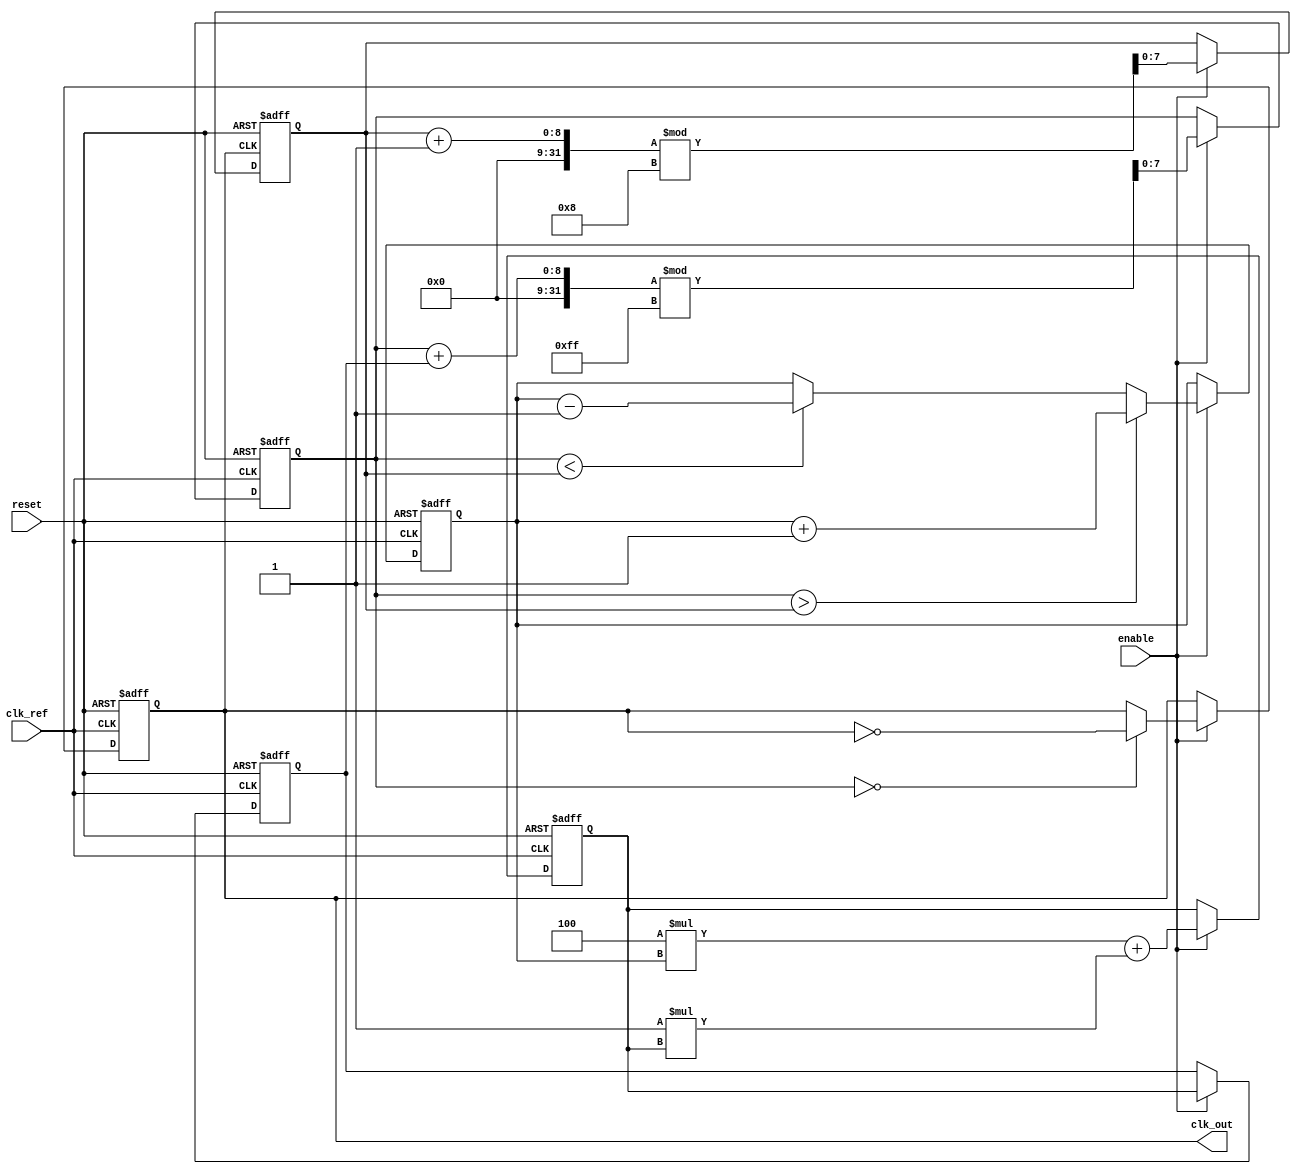
module ADPLL (
    input wire clk_ref,        // Reference clock input
    input wire reset,          // Reset signal
    input wire enable,         // Enable signal for the PLL
    output reg clk_out         // Output clock signal
);

    // Parameters
    parameter N = 8;           // VCO output division factor
    parameter PI_GAIN = 4;     // Proportional gain for loop filter
    parameter I_GAIN = 1;      // Integral gain for loop filter
    parameter MAX_COUNT = 255; // Maximum count for phase detector

    // Internal signals
    reg [N-1:0] vco_count;     // VCO counter
    reg [N-1:0] feedback_count; // Feedback counter
    reg [7:0] phase_error;     // Phase error signal
    reg [7:0] control_signal;   // Control signal for VCO
    reg [7:0] loop_filter_out;  // Output from loop filter
    reg [7:0] memory_block;     // Memory for phase information

    // Phase Detector
    always @(posedge clk_ref or posedge reset) begin
        if (reset) begin
            phase_error <= 0;
        end else if (enable) begin
            // Simple phase detection logic
            if (vco_count > feedback_count) begin
                phase_error <= phase_error + 1; // Phase lead
            end else if (vco_count < feedback_count) begin
                phase_error <= phase_error - 1; // Phase lag
            end
        end
    end

    // Loop Filter (PI Filter)
    always @(posedge clk_ref or posedge reset) begin
        if (reset) begin
            loop_filter_out <= 0;
            control_signal <= 0;
        end else if (enable) begin
            // Proportional term
            loop_filter_out <= (PI_GAIN * phase_error) + (I_GAIN * loop_filter_out);
            control_signal <= loop_filter_out; // Control signal for VCO
        end
    end

    // Voltage-Controlled Oscillator (VCO)
    always @(posedge clk_ref or posedge reset) begin
        if (reset) begin
            vco_count <= 0;
            clk_out <= 0;
        end else if (enable) begin
            // Adjust frequency based on control signal
            vco_count <= (vco_count + control_signal) % MAX_COUNT;
            clk_out <= (vco_count == 0) ? ~clk_out : clk_out; // Toggle clock output
        end
    end

    // Feedback Path
    always @(posedge clk_out or posedge reset) begin
        if (reset) begin
            feedback_count <= 0;
        end else if (enable) begin
            feedback_count <= (feedback_count + 1) % N; // Simple feedback counter
        end
    end

    // Memory Block (for phase information)
    always @(posedge clk_ref or posedge reset) begin
        if (reset) begin
            memory_block <= 0;
        end else if (enable) begin
            memory_block <= phase_error; // Store phase error in memory
        end
    end

endmodule